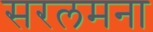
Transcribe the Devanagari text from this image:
सरलमना